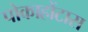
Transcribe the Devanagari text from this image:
पोकाहोंटास